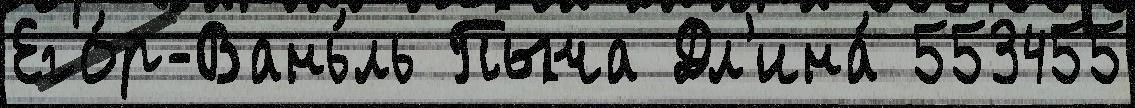
Его́р-Вань́ль Пыча Дл'ина́ 553455